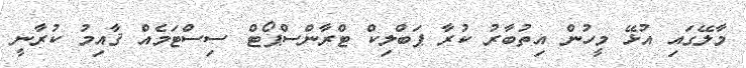
މާލޭގައި އުޅޭ މީހުން އިތުބާރު ކުރާ ޕަބްލިކް ޓްރާންސްޕޯޓް ސިސްޓަމެއް ޤާއިމު ކުރާނީ